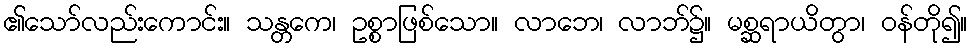
၏သော်လည်းကောင်း။ သန္တကေ၊ ဥစ္စာဖြစ်သော။ လာဘေ၊ လာဘ်၌။ မစ္ဆရာယိတွာ၊ ဝန်တို၍။